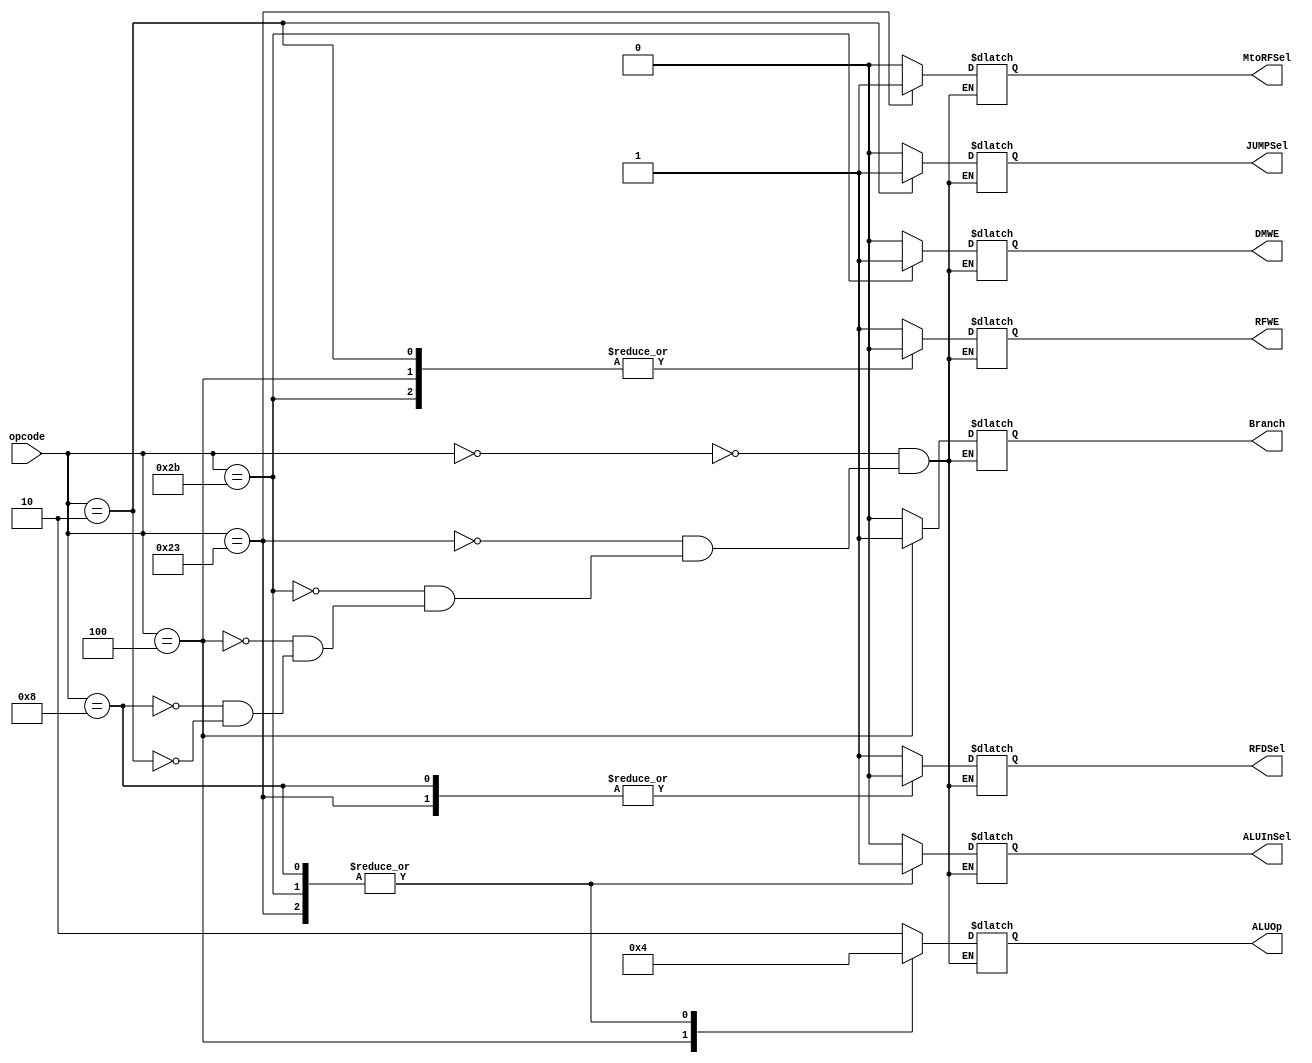
`timescale 1ns / 1ps
//////////////////////////////////////////////////////////////////////////////////
// Company: 
// Engineer: 
// 
// Design Name: 
// Module Name: Main_Decoder
// Project Name: 
// Target Devices: 
// Tool Versions: 
// Description: 
// 
// Dependencies: 
// 
// Revision:
// Revision 0.01 - File Created
// Additional Comments:
// 
//////////////////////////////////////////////////////////////////////////////////


module Main_Decoder(
    input [5:0] opcode,
    output reg MtoRFSel,
    output reg DMWE,
    output reg Branch,
    output reg ALUInSel,
    output reg RFDSel,
    output reg RFWE,
    output reg [1:0] ALUOp,
    output reg JUMPSel
    
);  
    parameter Rtype = 6'b000000;
    parameter lw = 6'b100011;
    parameter sw = 6'b101011;
    parameter beq = 6'b000100;
    parameter addi = 6'b001000;
    parameter lui = 6'b001111;
    parameter slti = 6'b001010;
    parameter jump = 6'b000010;
    always @(*) begin
        case (opcode)//1'bX
            Rtype:begin//change to combinational logic
                RFWE = 1;
                RFDSel = 1;
                ALUInSel = 0;
                Branch = 0;
                DMWE = 0;
                MtoRFSel = 0;
                ALUOp = 2'b10;
                JUMPSel = 0;
            end
            lw:begin
                RFWE = 1;
                RFDSel = 0;
                ALUInSel = 1;
                Branch = 0;
                DMWE = 0;
                MtoRFSel = 1;
                ALUOp = 2'b00;
                JUMPSel = 0;
            end
            sw:begin
                RFWE = 0;
                RFDSel = 1'bX;
                ALUInSel = 1;
                Branch = 0;
                DMWE = 1;
                MtoRFSel = 1'bX;
                ALUOp = 2'b00;
                JUMPSel = 0;
            end
            beq:begin
                RFWE = 0;
                RFDSel = 1'bX;
                ALUInSel = 0;
                Branch = 1;
                DMWE = 0;
                MtoRFSel = 1'bX;
                ALUOp = 2'b01;
                JUMPSel = 0;
            end
            addi:begin
                RFWE = 1;
                RFDSel = 0;
                ALUInSel = 1;
                Branch = 0;
                DMWE = 0;
                MtoRFSel = 0;
                ALUOp = 2'b00;
                JUMPSel = 0;
            end      
            jump:begin
                RFWE = 0;
                RFDSel = 1'bX;
                ALUInSel = 1'bX;
                Branch = 1'bX;
                DMWE = 0;
                MtoRFSel = 1'bX;
                ALUOp = 2'bXX;
                JUMPSel = 1;
            end
//            lui:begin
//                RFWE <= 1;
//                RFDSel <= 0;
//                ALUInSel <= 1'bX;
//                Branch <= 0;
//                DMWE <= 0;
//                MtoRFSel <= 2;
//                ALUOp <= 2'bXX;
//            end
//            slti:begin
//                RFWE <= 1;
//                RFDSel <= 0;
//                ALUInSel <= 1;
//                Branch <= 0;
//                DMWE <= 0;
//                MtoRFSel <= 0;
//                ALUOp <= 2'b11;
//            end       
        endcase
    end
endmodule